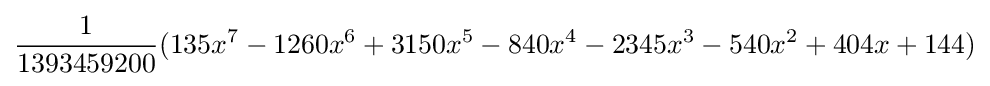
{\frac {1}{1393459200}}(135x^{7}-1260x^{6}+3150x^{5}-840x^{4}-2345x^{3}-540x^{2}+404x+144)